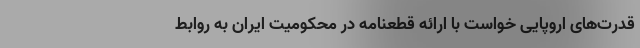
قدرت‌های اروپایی خواست با ارائه قطعنامه در محکومیت ایران به روابط